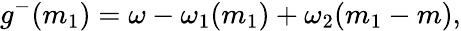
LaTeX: g^{-}(m_{1})=\omega-\omega_{1}(m_{1})+\omega_{2}(m_{1}-m),